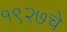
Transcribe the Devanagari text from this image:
१९२७चे